Leaving Certificate Examination (including Day School Certificate (Higher) General paper), 1939
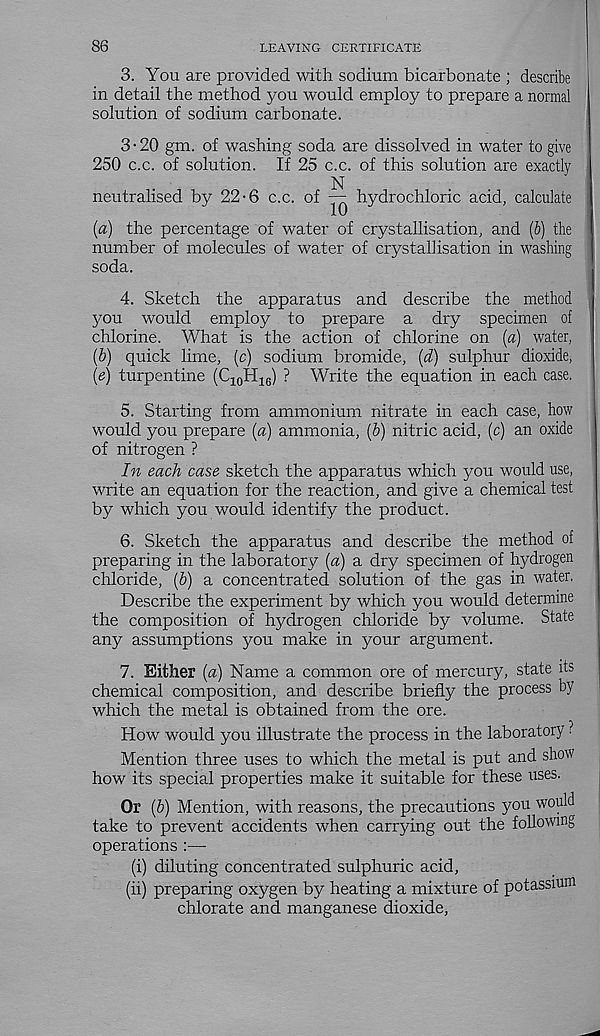
86
LEAVING CERTIFICATE
3. You are provided with sodium bicarbonate ; describe
in detail the method you would employ to prepare a normal
solution of sodium carbonate.
3 • 20 gm. of washing soda are dissolved in water to give
250 c.c. of solution. If 25 c.c. of this solution are exactly
N
neutralised by 22-6 c.c. of — hydrochloric acid, calculate
(a) the percentage of water of crystallisation, and (b) the
number of molecules of water of crystallisation in washing
soda.
4. Sketch the apparatus and describe the method
you would employ to prepare a dry specimen of
chlorine. What is the action of chlorine on (a) water,
(b) quick lime, (c) sodium bromide, (d) sulphur dioxide,
(e) turpentine (C 10 H 16 ) ? Write the equation in each case.
5. Starting from ammonium nitrate in each case, how
w 7 ould you prepare (a) ammonia, (b) nitric acid, (c) an oxide
of nitrogen ?
In each case sketch the apparatus which you would use,
write an equation for the reaction, and give a chemical test
by which you would identify the product.
6. Sketch the apparatus and describe the method of
preparing in the laboratory {a) a dry specimen of hydrogen
chloride, (&) a concentrated solution of the gas in water.
Describe the experiment by which you w r ould determine
the composition of hydrogen chloride by volume. State
any assumptions you make in your argument.
7. Either {a) Name a common ore of mercury, state its
chemical composition, and describe briefly the process by
which the metal is obtained from the ore.
How would you illustrate the process in the laboratory ?
Mention three uses to which the metal is put and show
how its special properties make it suitable for these uses.
Or (b) Mention, with reasons, the precautions you would
take to prevent accidents when carrying out the following
operations :—•
(i) diluting concentrated sulphuric acid,
(ii) preparing oxygen by heating a mixture of potassium
chlorate and manganese dioxide,